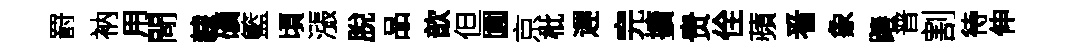
罸衲用閜隸礦籃頃漲脫品歆但圎京枇遅完擴贵佺蘋㸔象蹖普割待伸